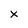
Character: x